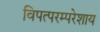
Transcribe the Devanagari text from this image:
विपत्परम्परेशाय